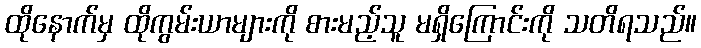
ထိုနောက်မှ ထိုကွမ်းယာများကို စားမည့်သူ မရှိကြောင်းကို သတိရသည်။